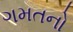
ગમતનો